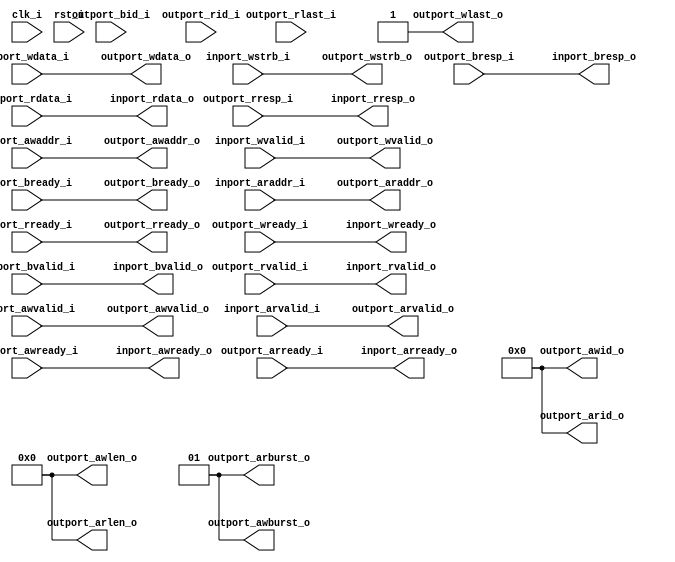

module axi4lite_axi4_conv
(
    // Inputs
     input           clk_i
    ,input           rst_i
    ,input           inport_awvalid_i
    ,input  [ 31:0]  inport_awaddr_i
    ,input           inport_wvalid_i
    ,input  [ 31:0]  inport_wdata_i
    ,input  [  3:0]  inport_wstrb_i
    ,input           inport_bready_i
    ,input           inport_arvalid_i
    ,input  [ 31:0]  inport_araddr_i
    ,input           inport_rready_i
    ,input           outport_awready_i
    ,input           outport_wready_i
    ,input           outport_bvalid_i
    ,input  [  1:0]  outport_bresp_i
    ,input  [  3:0]  outport_bid_i
    ,input           outport_arready_i
    ,input           outport_rvalid_i
    ,input  [ 31:0]  outport_rdata_i
    ,input  [  1:0]  outport_rresp_i
    ,input  [  3:0]  outport_rid_i
    ,input           outport_rlast_i

    // Outputs
    ,output          inport_awready_o
    ,output          inport_wready_o
    ,output          inport_bvalid_o
    ,output [  1:0]  inport_bresp_o
    ,output          inport_arready_o
    ,output          inport_rvalid_o
    ,output [ 31:0]  inport_rdata_o
    ,output [  1:0]  inport_rresp_o
    ,output          outport_awvalid_o
    ,output [ 31:0]  outport_awaddr_o
    ,output [  3:0]  outport_awid_o
    ,output [  7:0]  outport_awlen_o
    ,output [  1:0]  outport_awburst_o
    ,output          outport_wvalid_o
    ,output [ 31:0]  outport_wdata_o
    ,output [  3:0]  outport_wstrb_o
    ,output          outport_wlast_o
    ,output          outport_bready_o
    ,output          outport_arvalid_o
    ,output [ 31:0]  outport_araddr_o
    ,output [  3:0]  outport_arid_o
    ,output [  7:0]  outport_arlen_o
    ,output [  1:0]  outport_arburst_o
    ,output          outport_rready_o
);



// Outputs
assign outport_awvalid_o = inport_awvalid_i;
assign outport_awaddr_o  = inport_awaddr_i;
assign outport_wvalid_o  = inport_wvalid_i;
assign outport_wdata_o   = inport_wdata_i;
assign outport_wstrb_o   = inport_wstrb_i;
assign outport_bready_o  = inport_bready_i;
assign outport_arvalid_o = inport_arvalid_i;
assign outport_araddr_o  = inport_araddr_i;
assign outport_rready_o  = inport_rready_i;

assign inport_awready_o  = outport_awready_i;
assign inport_wready_o   = outport_wready_i;
assign inport_bvalid_o   = outport_bvalid_i;
assign inport_bresp_o    = outport_bresp_i;
assign inport_arready_o  = outport_arready_i;
assign inport_rvalid_o   = outport_rvalid_i;
assign inport_rdata_o    = outport_rdata_i;
assign inport_rresp_o    = outport_rresp_i;

// Constants
assign outport_awid_o    = 4'd0;
assign outport_arid_o    = 4'd0;

assign outport_awlen_o   = 8'b0;
assign outport_arlen_o   = 8'b0;

assign outport_awburst_o = 2'd1;
assign outport_arburst_o = 2'd1;

assign outport_wlast_o   = 1'b1;


endmodule